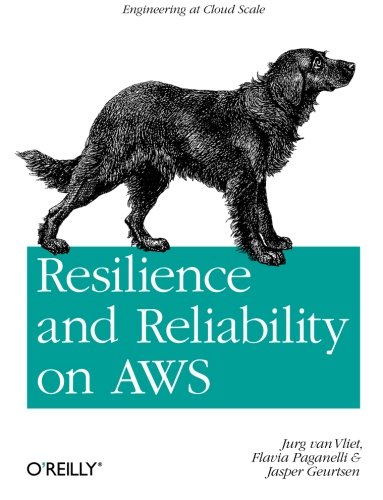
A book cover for Resilience and Reliability on AWS; Jurg van Vliet; Computers & Technology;